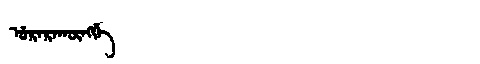
Manchu: ᡠᡵᠠᡵᠠᡴᡡᠩᡤᡝ
Romanization: URARAKŪNGGE